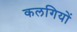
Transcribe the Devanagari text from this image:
कलगियों